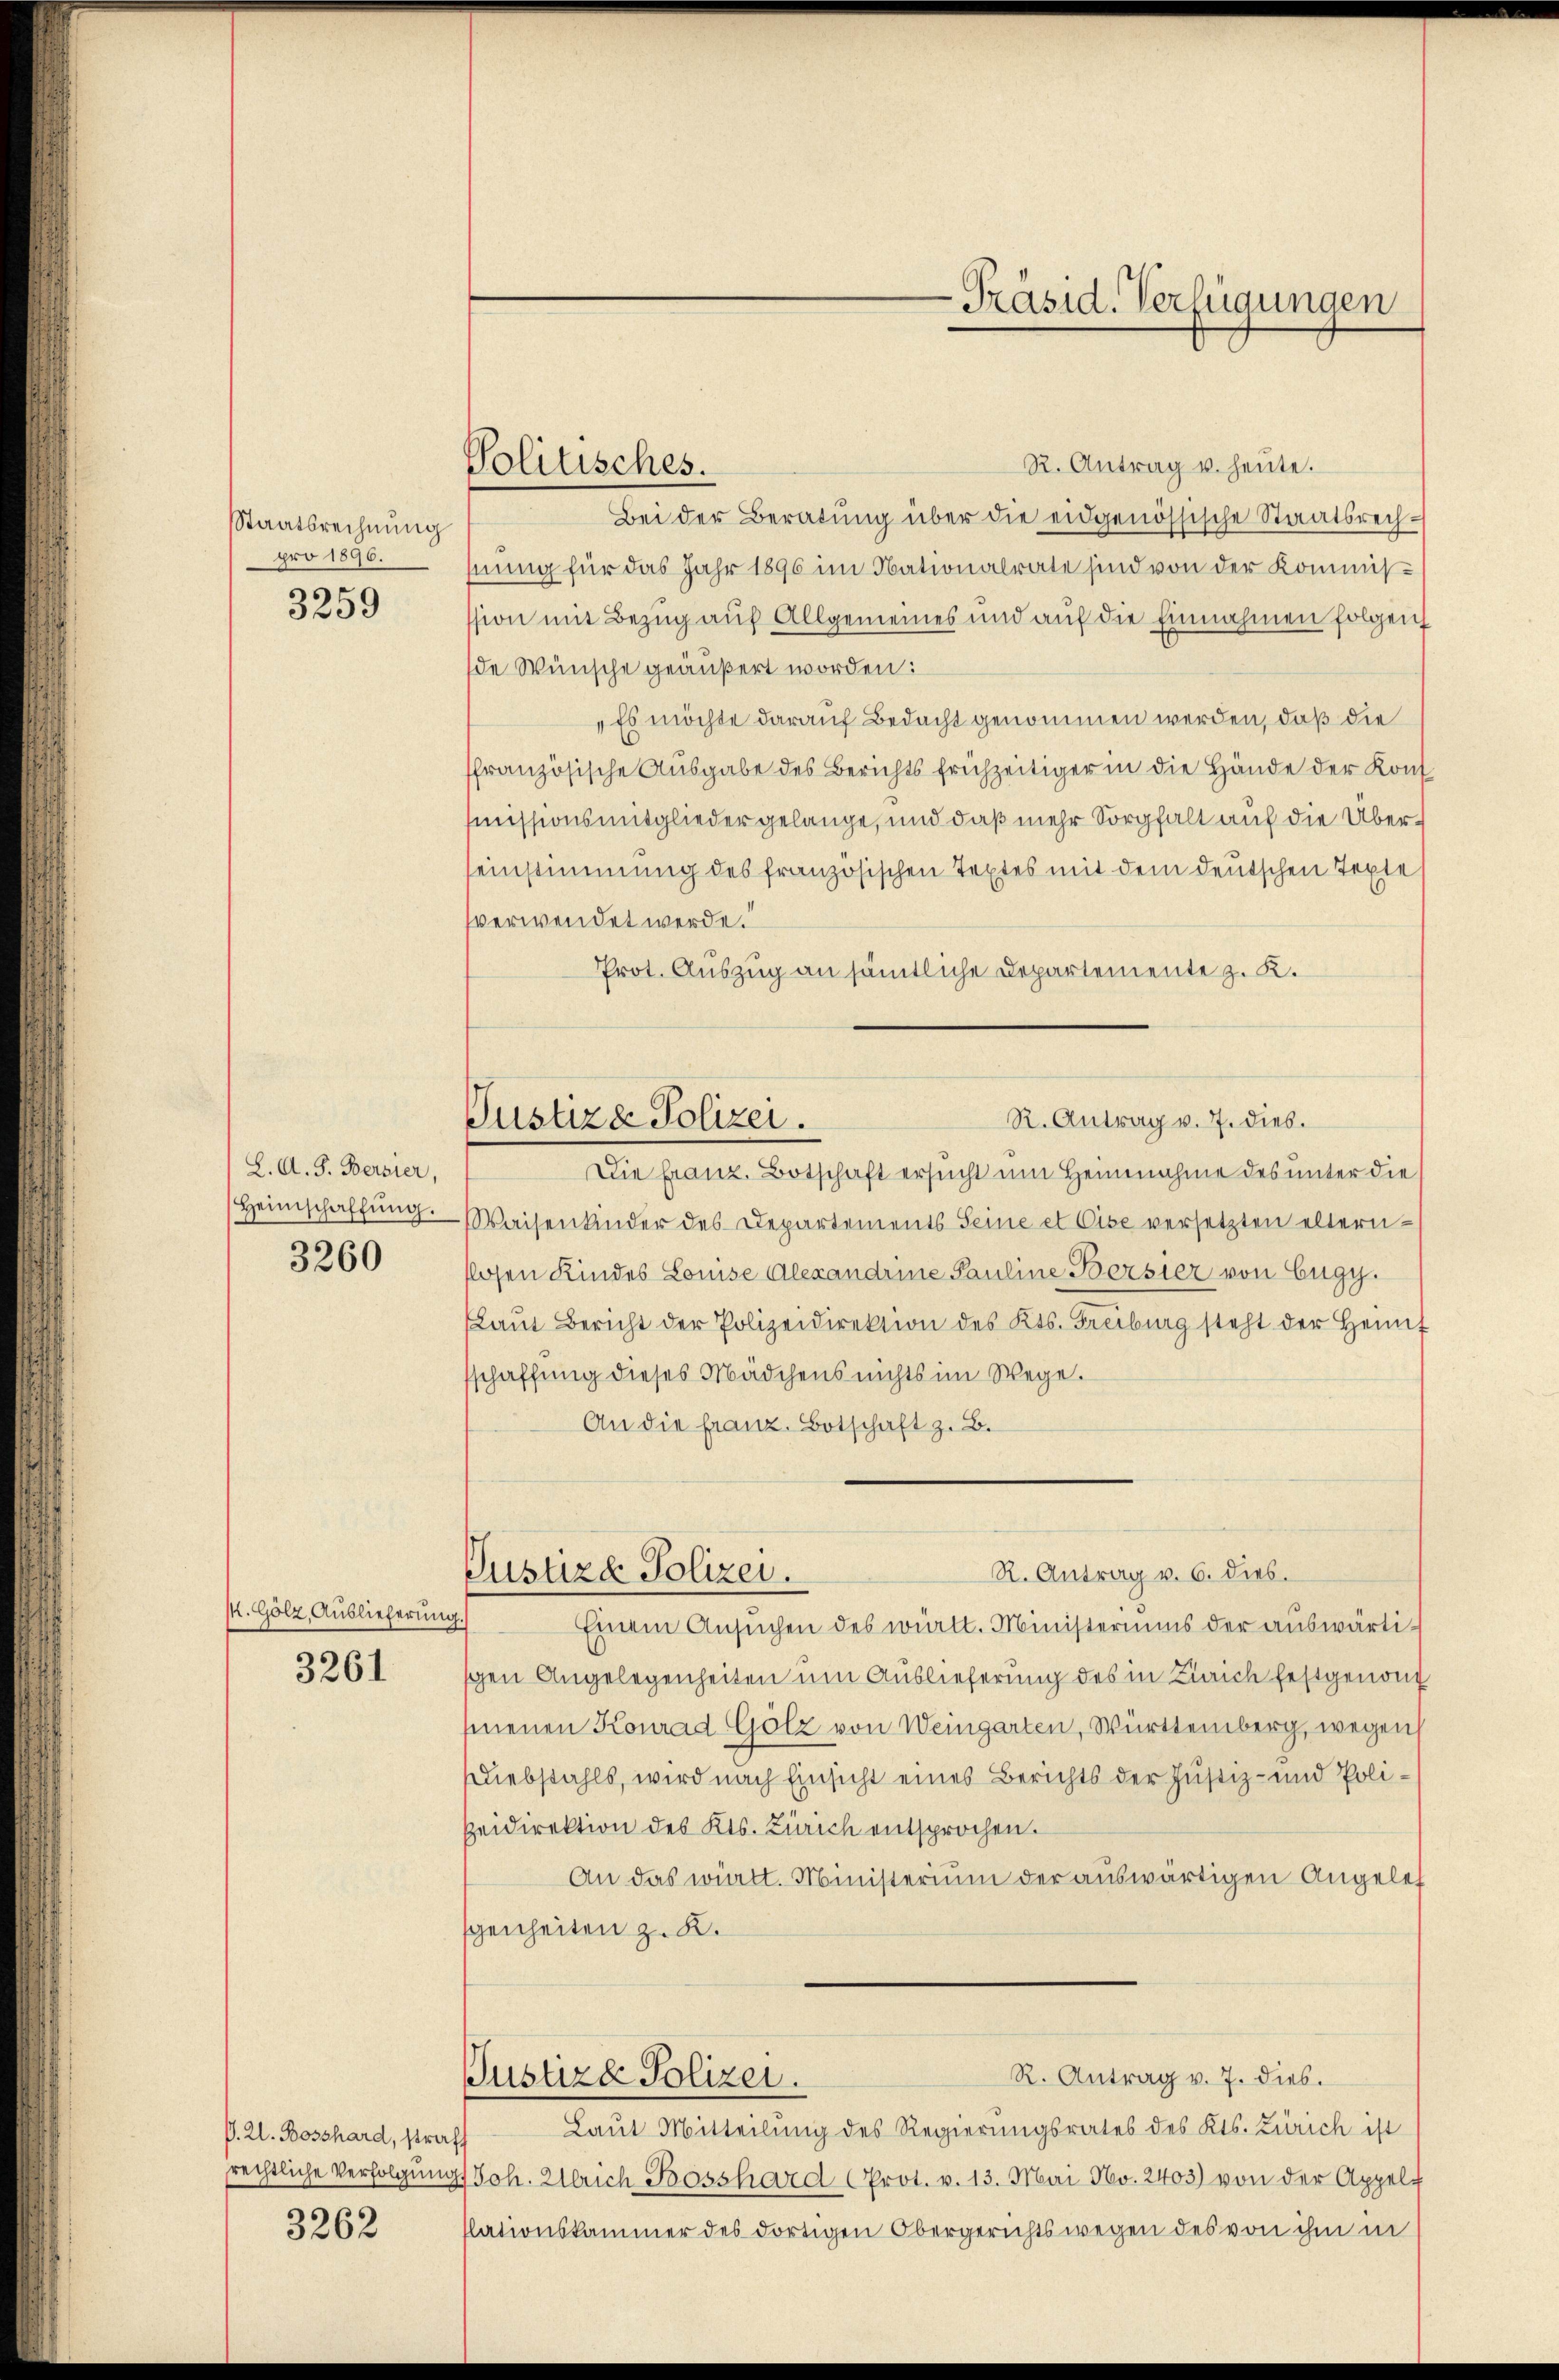
Staatsrechnung
pro 1896.
3259

L. A. S. Bersier,
Heimschaffung.
3260

M. Gölz, Auslieferung.
3261

V. Zl. Bosshard, straf

3262

Politisches.

R. Antrag u. heute.
Bei der Beratung über die eidgenössische Staatsrechnung für das Jahr 1896 im Nationalrate sind von der Kommisssion mit Bezug auf Allgemeines und auf die Einnahmen folgen
de Wünsche geäußert worden:
Es möchte darauf Bedacht genommen werden, daß die
ffranzösische Ausgabe des Berichts frühzeitiger in die Hände der Kons.
missionsmitgliedergelange, und daß mehr Sorgfalt auf die Überseinstimmung des französischen Textes mit dem deutschen Texte
sverwendet werde.
Prot. Auszug an sämtliche Departemente z. K.
R. Antrag v. 7. dies.
Justiz & Polizei.
Die Franz. Botschaft ersucht um Heinnahme des unter die
Waisenkinder des Departements Seine et Cise versetzten eltern-
losen Kindes Louise Alexandrine Pauline Bersier von Eugy.
Laŭt Bericht der Polizeidirektion des Kts. Freiburg steht der Heimf
schaffung dieses Mädchens nichts im Wege.
An die franz. Botschaft z. B.

-Präsid. Verfügungen

R. Antrag v. 6. dies.
Justizd Polizei.

Einem Ansŭchen des wirkt. Ministeriums der auswärtigen Angelegenheiten um Auslieferung des in Zürich festgenom
sienen Konrad Gölz von Weingarten, Württemberg, wegen
liebstahls, wird nach Einsicht eines Berichts der Justiz- und Poli¬
Zeidirektion des Kts. Zürich entsprochen.
An das württ. Ministerium der auswärtigen Angelef
genheiten z. B.
R. Antrag v. 7. dies.
Justiza Polizei.
Laut Mitteilung des Regierungsrates des Kts. Zürich ist
rechtliche Verfolgung Joh. Ulrich Bosshard (Prot. v. 13. Mai No. 2403) von der Appelt
lationskammer des dortigen Obergerichtswegen des von ihm in